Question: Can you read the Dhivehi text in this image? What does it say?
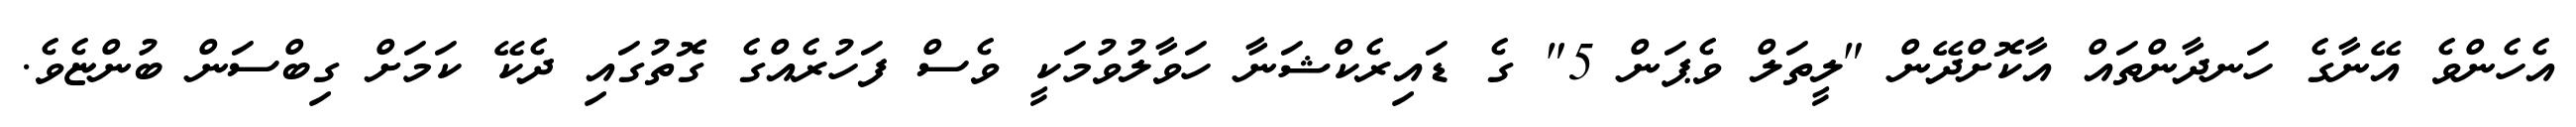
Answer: އެހެންވެ އޭނާގެ ހަނދާންތައް އާކޮށްދޭން "ލީތަލް ވެޕަން 5" ގެ ޑައިރެކްޝަނާ ހަވާލުވުމަކީ ވެސް ފަހުރެއްގެ ގޮތުގައި ދެކޭ ކަމަށް ގިބްސަން ބުންޏެވެ.